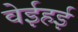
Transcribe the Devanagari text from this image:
वेईहई